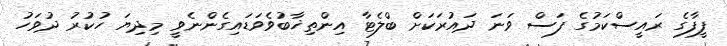
ފީފާގެ ރައީސްކަމުގެ ފަސް ވަނަ ދައުރަކަށް ބްލެޓާ އިންތިޚާބުވެވަޑައިގެންނެވީ މިދިޔަ ހުކުރު ދުވަހު